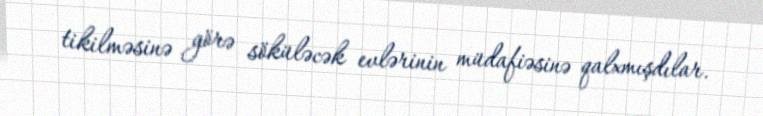
tikilməsinə görə söküləcək evlərinin müdafiəsinə qalxmışdılar.